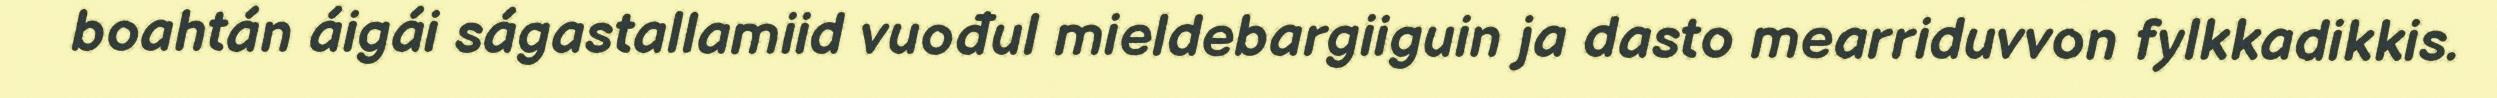
boahtán áigái ságastallamiid vuođul mieldebargiiguin ja dasto mearriduvvon fylkkadikkis.